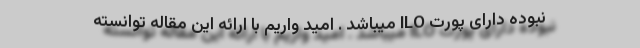
نبوده دارای پورت ILO میباشد . امید واریم با ارائه این مقاله توانسته